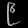
Digit: ၉